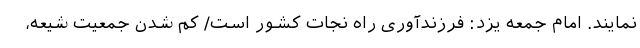
نمایند. امام جمعه یزد: فرزندآوری راه نجات کشور است/ کم شدن جمعیت شیعه،